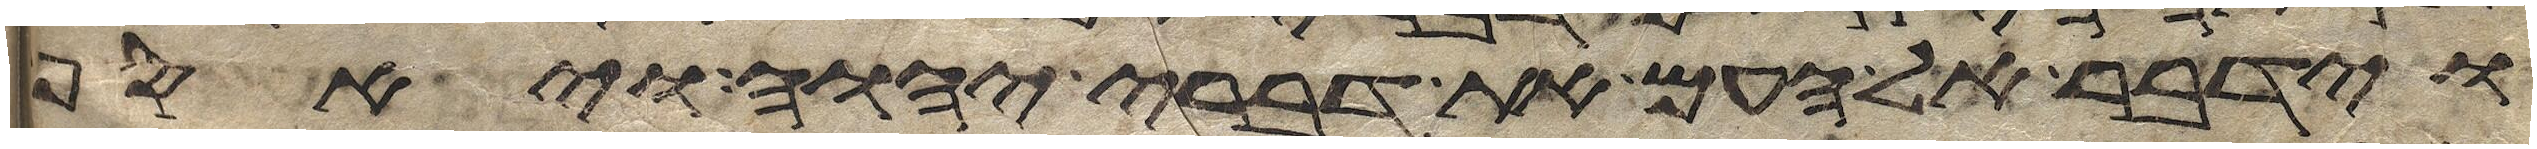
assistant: וידבר אל העם את דברי יהוה ויאסף